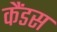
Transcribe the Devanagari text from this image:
कैंडस